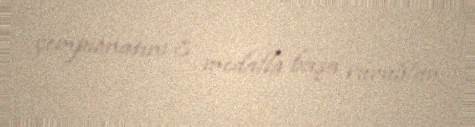
çempionatını 8 medalla başa vurublar.